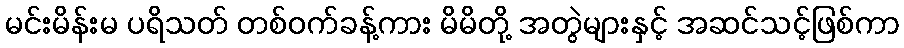
မင်းမိန်းမ ပရိသတ် တစ်ဝက်ခန့်ကား မိမိတို့ အတွဲများနှင့် အဆင်သင့်ဖြစ်ကာ